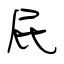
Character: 屁